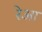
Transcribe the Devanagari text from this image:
रेआ